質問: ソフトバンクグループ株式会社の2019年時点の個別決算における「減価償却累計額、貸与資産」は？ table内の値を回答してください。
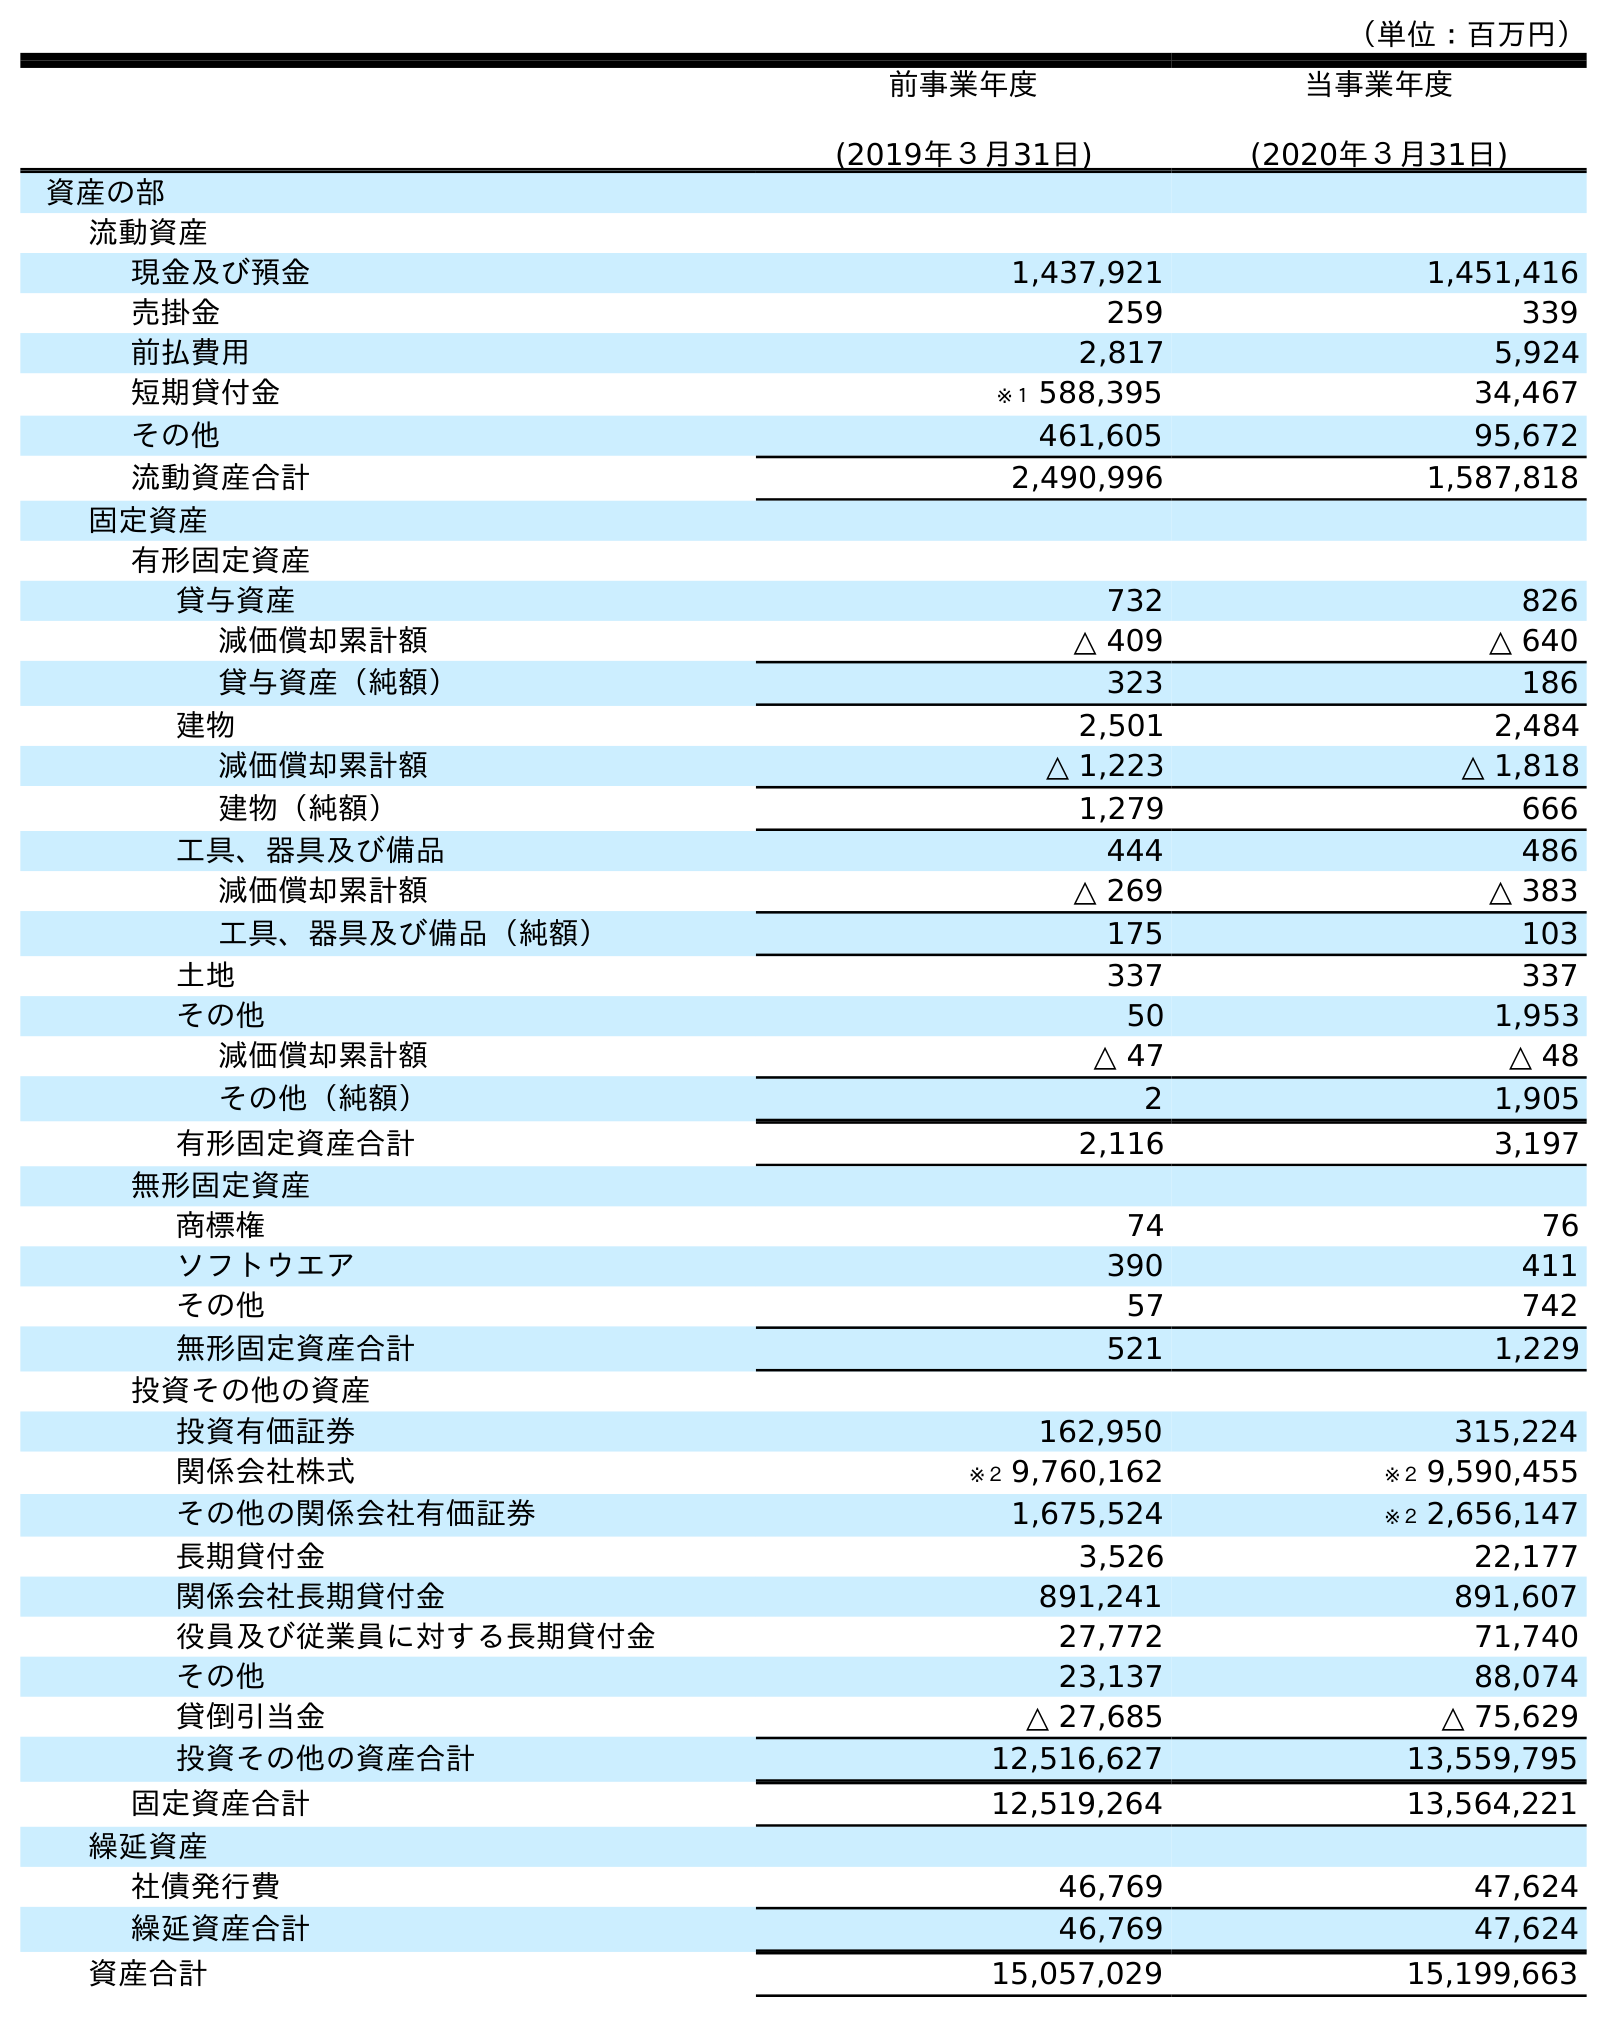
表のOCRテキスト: （単位：百万円） 前事業年度 (2019年３月31日) 当事業年度 (2020年３月31日) 資産の部 流動資産 現金及び預金 1,437,921 1,451,416 売掛金 259 339 前払費用 2,817 5,924 短期貸付金 ※１ 588,395 34,467 その他 461,605 95,672 流動資産合計 2,490,996 1,587,818 固定資産 有形固定資産 貸与資産 732 826 減価償却累計額 △ 409 △ 640 貸与資産（純額） 323 186 建物 2,501 2,484 減価償却累計額 △ 1,223 △ 1,818 建物（純額） 1,279 666 工具、器具及び備品 444 486 減価償却累計額 △ 269 △ 383 工具、器具及び備品（純額） 175 103 土地 337 337 その他 50 1,953 減価償却累計額 △ 47 △ 48 その他（純額） 2 1,905 有形固定資産合計 2,116 3,197 無形固定資産 商標権 74 76 ソフトウエア 390 411 その他 57 742 無形固定資産合計 521 1,229 投資その他の資産 投資有価証券 162,950 315,224 関係会社株式 ※２ 9,760,162 ※２ 9,590,455 その他の関係会社有価証券 1,675,524 ※２ 2,656,147 長期貸付金 3,526 22,177 関係会社長期貸付金 891,241 891,607 役員及び従業員に対する長期貸付金 27,772 71,740 その他 23,137 88,074 貸倒引当金 △ 27,685 △ 75,629 投資その他の資産合計 12,516,627 13,559,795 固定資産合計 12,519,264 13,564,221 繰延資産 社債発行費 46,769 47,624 繰延資産合計 46,769 47,624 資産合計 15,057,029 15,199,663
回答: △409